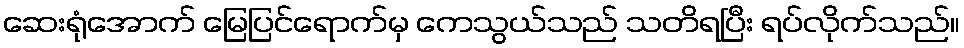
ဆေးရုံအောက် မြေပြင်ရောက်မှ ကေသွယ်သည် သတိရပြီး ရပ်လိုက်သည်။